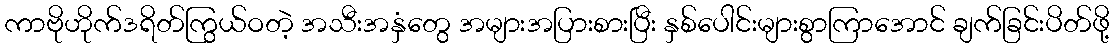
ကာဗိုဟိုက်ဒရိတ်ကြွယ်ဝတဲ့ အသီးအနှံတွေ အများအပြားစားပြီး နှစ်ပေါင်းများစွာကြာအောင် ချက်ခြင်းပိတ်ဖို့